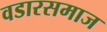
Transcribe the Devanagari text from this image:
वडारसमाज